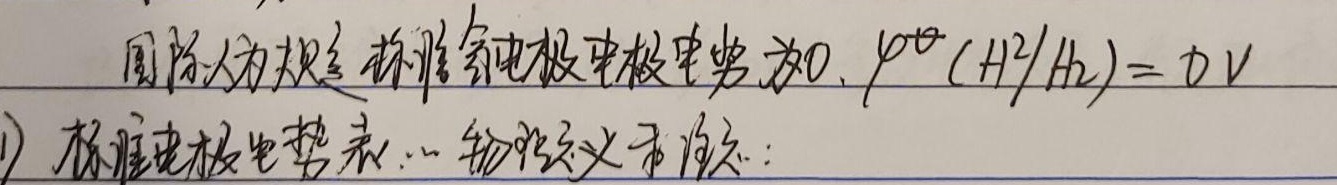
国际人为规定标准氢电极电极电势为\(0\)，\(\varphi^{\ominus}(H^{+}/H_{2}) = 0V\)。
1) 标准电极电势表：... 物质定义和相关：